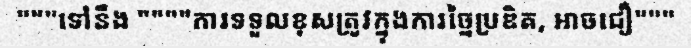
"""ទៅនឹង """"ការទទួលខុសត្រូវក្នុងការច្នៃប្រឌិត, អាចជឿ"""